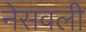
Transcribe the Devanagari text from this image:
नेसवली